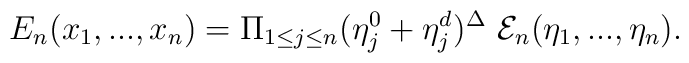
{E}_n(x_1,...,x_n)  = \Pi_{1 \leq j \leq n} (\eta_j^0 +\eta_j^{d})^{\Delta}\   {\cal E}_n (\eta_1,...,\eta_n) .